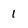
Character: 1